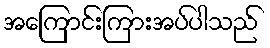
အကြောင်းကြားအပ်ပါသည်